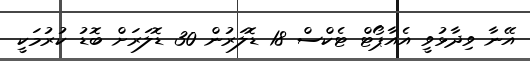
އޭނާ ވިދާޅުވީ އެއާޕޯޓް ޓެކްސް 18 ޑޮލަރުން 30 ޑޮލަރަށް ބޮޑު ކުރުމަކީ